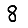
Digit: 8